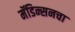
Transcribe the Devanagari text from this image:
मॅडिन्सनचा